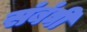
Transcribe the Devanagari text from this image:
संबंघी